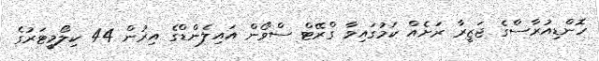
ހޮންޑިއުރާސްގެ ޖަޒީރާ ރަށެއް ކަމުގައިވާ ގްރޭޓް ސްވޯން އައިލެންޑްގެ އިރުން 44 ކިލޯމީޓަރުގެ